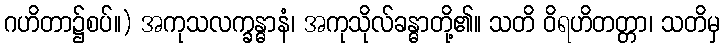
ဂဟိတာ၌စပ်။) အကုသလက္ခန္ဓာနံ၊ အကုသိုလ်ခန္ဓာတို့၏။ သတိ ဝိရဟိတတ္တာ၊ သတိမှ